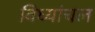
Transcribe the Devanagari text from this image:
विध्यांचल